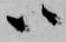
ハ